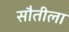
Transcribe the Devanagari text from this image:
सौतीला